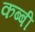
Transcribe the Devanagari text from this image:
कब्बी